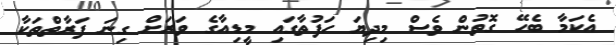
އެކަމާ ބެހޭ ގޮތުން ވެސް މިދިޔަ ހަފުތާގައި މީޑިއާގެ ވަރަށް ގިނަ ފަރާތްތަކާ